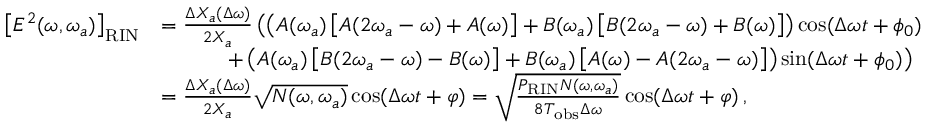
\begin{array} { r l } { \left[ E ^ { 2 } ( \omega , \omega _ { a } ) \right] _ { \mathrm { R I N } } } & { = \frac { \Delta X _ { a } ( \Delta \omega ) } { 2 X _ { a } } \left( \left( A ( \omega _ { a } ) \left[ A ( 2 \omega _ { a } - \omega ) + A ( \omega ) \right] + B ( \omega _ { a } ) \left[ B ( 2 \omega _ { a } - \omega ) + B ( \omega ) \right] \right) \cos ( \Delta \omega t + \phi _ { 0 } ) \, \right. } \\ & { \left. \qquad \quad + \left( A ( \omega _ { a } ) \left[ B ( 2 \omega _ { a } - \omega ) - B ( \omega ) \right] + B ( \omega _ { a } ) \left[ A ( \omega ) - A ( 2 \omega _ { a } - \omega ) \right] \right) \sin ( \Delta \omega t + \phi _ { 0 } ) \right) } \\ & { = \frac { \Delta X _ { a } ( \Delta \omega ) } { 2 X _ { a } } \sqrt { N ( \omega , \omega _ { a } ) } \cos ( \Delta \omega t + \varphi ) = \sqrt { \frac { P _ { \mathrm { R I N } } N ( \omega , \omega _ { a } ) } { 8 T _ { \mathrm { o b s } } \Delta \omega } } \cos ( \Delta \omega t + \varphi ) \, , } \end{array}